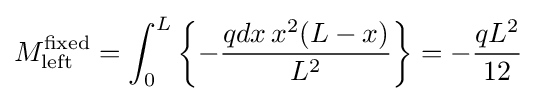
M_{\mathrm {left} }^{\mathrm {fixed} }=\int _{0}^{L}\left\{-{\frac {qdx\,x^{2}(L-x)}{L^{2}}}\right\}=-{\frac {qL^{2}}{12}}